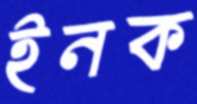
ইনক